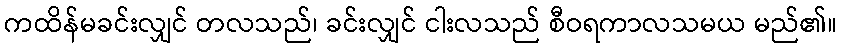
ကထိန်မခင်းလျှင် တလသည်၊ ခင်းလျှင် ငါးလသည် စီဝရကာလသမယ မည်၏။